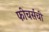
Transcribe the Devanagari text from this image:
फीचर्सची